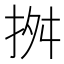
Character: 𢬓